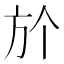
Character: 𣃘